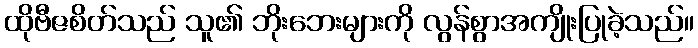
ထိုဗီဇစိတ်သည် သူ၏ ဘိုးဘေးများကို လွန်စွာအကျိုးပြုခဲ့သည်။